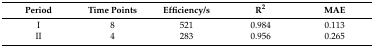
<table><thead><tr><td><b>Period</b></td><td><b>Time Points</b></td><td><b>Efficiency/s</b></td><td><b>R<sup>2</sup></b></td><td><b>MAE</b></td></tr></thead><tbody><tr><td>I</td><td>8</td><td>521</td><td>0.984</td><td>0.113</td></tr><tr><td>II</td><td>4</td><td>283</td><td>0.956</td><td>0.265</td></tr></tbody></table>